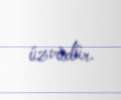
üzvüdür.